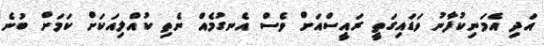
އަދި އެމަނިކުފާނު ވަޑައިގަތީ ރައީސްއަށް ވެސް އެނގުމެއް ނެތި ކުއްލިއަކަށް ކަމަށް ބުނެ